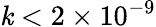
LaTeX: \mathit{k}<2\times10^{-9}